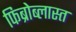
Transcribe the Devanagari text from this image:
फिब्रोब्लास्त